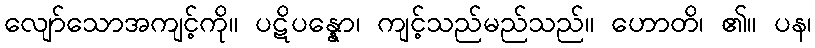
လျော်သောအကျင့်ကို။ ပဋိပန္နော၊ ကျင့်သည်မည်သည်။ ဟောတိ၊ ၏။ ပန၊